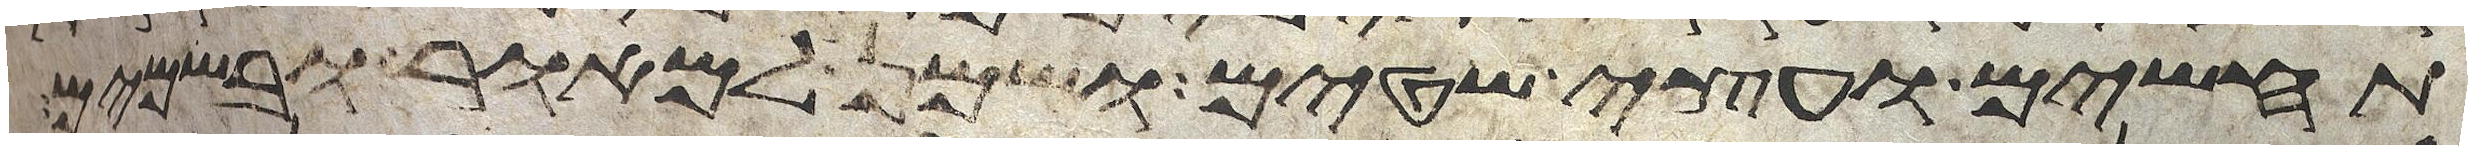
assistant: תחשים ועצי שטים ושמן למאור ובשמים